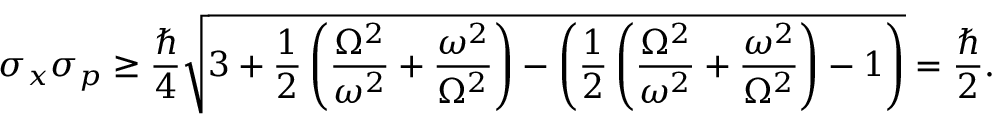
\sigma _ { x } \sigma _ { p } \geq { \frac { \hbar } { 4 } } { \sqrt { 3 + { \frac { 1 } { 2 } } \left( { \frac { \Omega ^ { 2 } } { \omega ^ { 2 } } } + { \frac { \omega ^ { 2 } } { \Omega ^ { 2 } } } \right) - \left( { \frac { 1 } { 2 } } \left( { \frac { \Omega ^ { 2 } } { \omega ^ { 2 } } } + { \frac { \omega ^ { 2 } } { \Omega ^ { 2 } } } \right) - 1 \right) } } = { \frac { \hbar } { 2 } } .